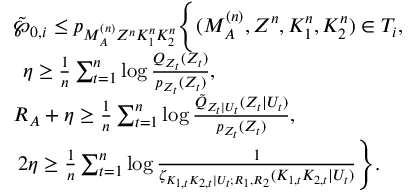
\begin{array} { r l } & { \tilde { \wp } _ { 0 , i } \leq p _ { M _ { \cal A } ^ { ( n ) } Z ^ { n } K _ { 1 } ^ { n } K _ { 2 } ^ { n } } \Biggl \{ ( M _ { \cal A } ^ { ( n ) } , Z ^ { n } , K _ { 1 } ^ { n } , K _ { 2 } ^ { n } ) \in { \cal T } _ { i } , } \\ & { \: \: \eta \geq \frac { 1 } { n } \sum _ { t = 1 } ^ { n } \log \frac { Q _ { { Z } _ { t } } ( Z _ { t } ) } { p _ { Z _ { t } } ( Z _ { t } ) } , } \\ & { R _ { \cal A } + \eta \geq \frac { 1 } { n } \sum _ { t = 1 } ^ { n } \log \frac { \tilde { Q } _ { Z _ { t } | U _ { t } } ( Z _ { t } | U _ { t } ) } { p _ { Z _ { t } } ( Z _ { t } ) } , } \\ & { \: 2 \eta \geq \frac { 1 } { n } \sum _ { t = 1 } ^ { n } \log \frac { 1 } { \zeta _ { K _ { 1 , t } K _ { 2 , t } | U _ { t } ; R _ { 1 } , R _ { 2 } } ( K _ { 1 , t } K _ { 2 , t } | U _ { t } ) } \Biggr \} . } \end{array}